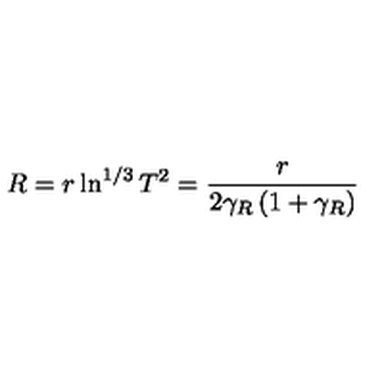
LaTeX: R = r \ln ^ { 1 / 3 } T ^ { 2 } = \frac { r } { 2 \gamma _ { R } \left( 1 + \gamma _ { R } \right) }